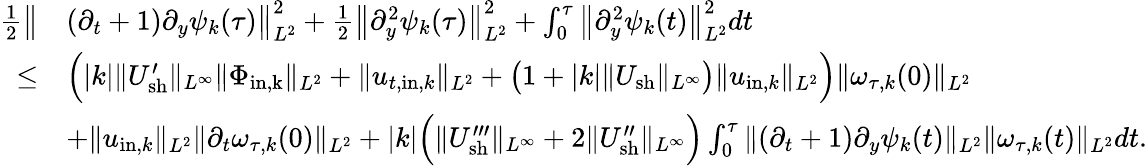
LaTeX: \begin{array}{rl}{\frac{1}{2}\big\| }&{(\partial_{t}+1)\partial_{y}\psi_{k}(\tau)\big\| _{L^{2}}^{2}+\frac{1}{2}\big\| \partial_{y}^{2}\psi_{k}(\tau)\big\| _{L^{2}}^{2}+\int_{0}^{\tau}\big\| \partial_{y}^{2}\psi_{k}(t)\big\| _{L^{2}}^{2}dt}\\ {\leq}&{\Big(|k|\| U_{\mathrm{sh}}^{\prime}\| _{L^{\infty}}\| \Phi_{\mathrm{in,k}}\| _{L^{2}}+\| u_{t,\mathrm{in},k}\| _{L^{2}}+\big(1+|k|\| U_{\mathrm{sh}}\| _{L^{\infty}}\big)\| u_{\mathrm{in},k}\| _{L^{2}}\Big)\| \omega_{\tau,k}(0)\| _{L^{2}}}\\ &{+\| u_{\mathrm{in},k}\| _{L^{2}}\| \partial_{t}\omega_{\tau,k}(0)\| _{L^{2}}+|k|\Big(\| U_{\mathrm{sh}}^{\prime\prime\prime}\| _{L^{\infty}}+2\| U_{\mathrm{sh}}^{\prime\prime}\| _{L^{\infty}}\Big)\int_{0}^{\tau}\| (\partial_{t}+1)\partial_{y}\psi_{k}(t)\| _{L^{2}}\| \omega_{\tau,k}(t)\| _{L^{2}}dt.}\end{array}